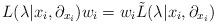
LaTeX: \begin{align*}L(\lambda|x_i,\partial_{x_i})w_i=w_i{\tilde L}(\lambda|x_i,\partial_{x_i})\end{align*}